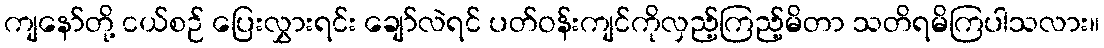
ကျနော်တို့ ငယ်စဉ် ပြေးလွှားရင်း ချော်လဲရင် ပတ်ဝန်းကျင်ကိုလှည့်ကြည့်မိတာ သတိရမိကြပါသလား။